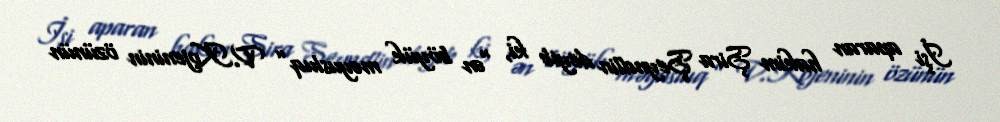
İşi aparan hakim Şira Şeyndlin deyib ki, “ən böyük məyusluq” V.Kojeninin özünün